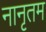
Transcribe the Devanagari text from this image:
नानृतम